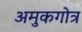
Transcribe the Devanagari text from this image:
अमुकगोत्र